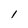
Character: l